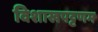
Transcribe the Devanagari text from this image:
विशाखपट्टणम